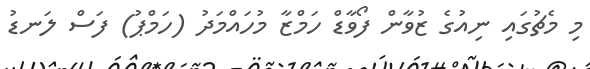
މި މެޗުގައި ނިއުގެ ޒުވާން ފޯވާޑް ހަމްޒާ މުހައްމަދު (ހަމްޕު) ފަސް ލަނޑު